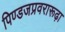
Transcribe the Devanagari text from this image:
पिण्डजप्रवरारूढ़ा